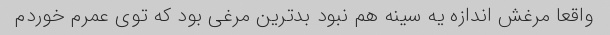
واقعا مرغش اندازه یه سینه هم نبود بدترین مرغی بود که توی عمرم خوردم